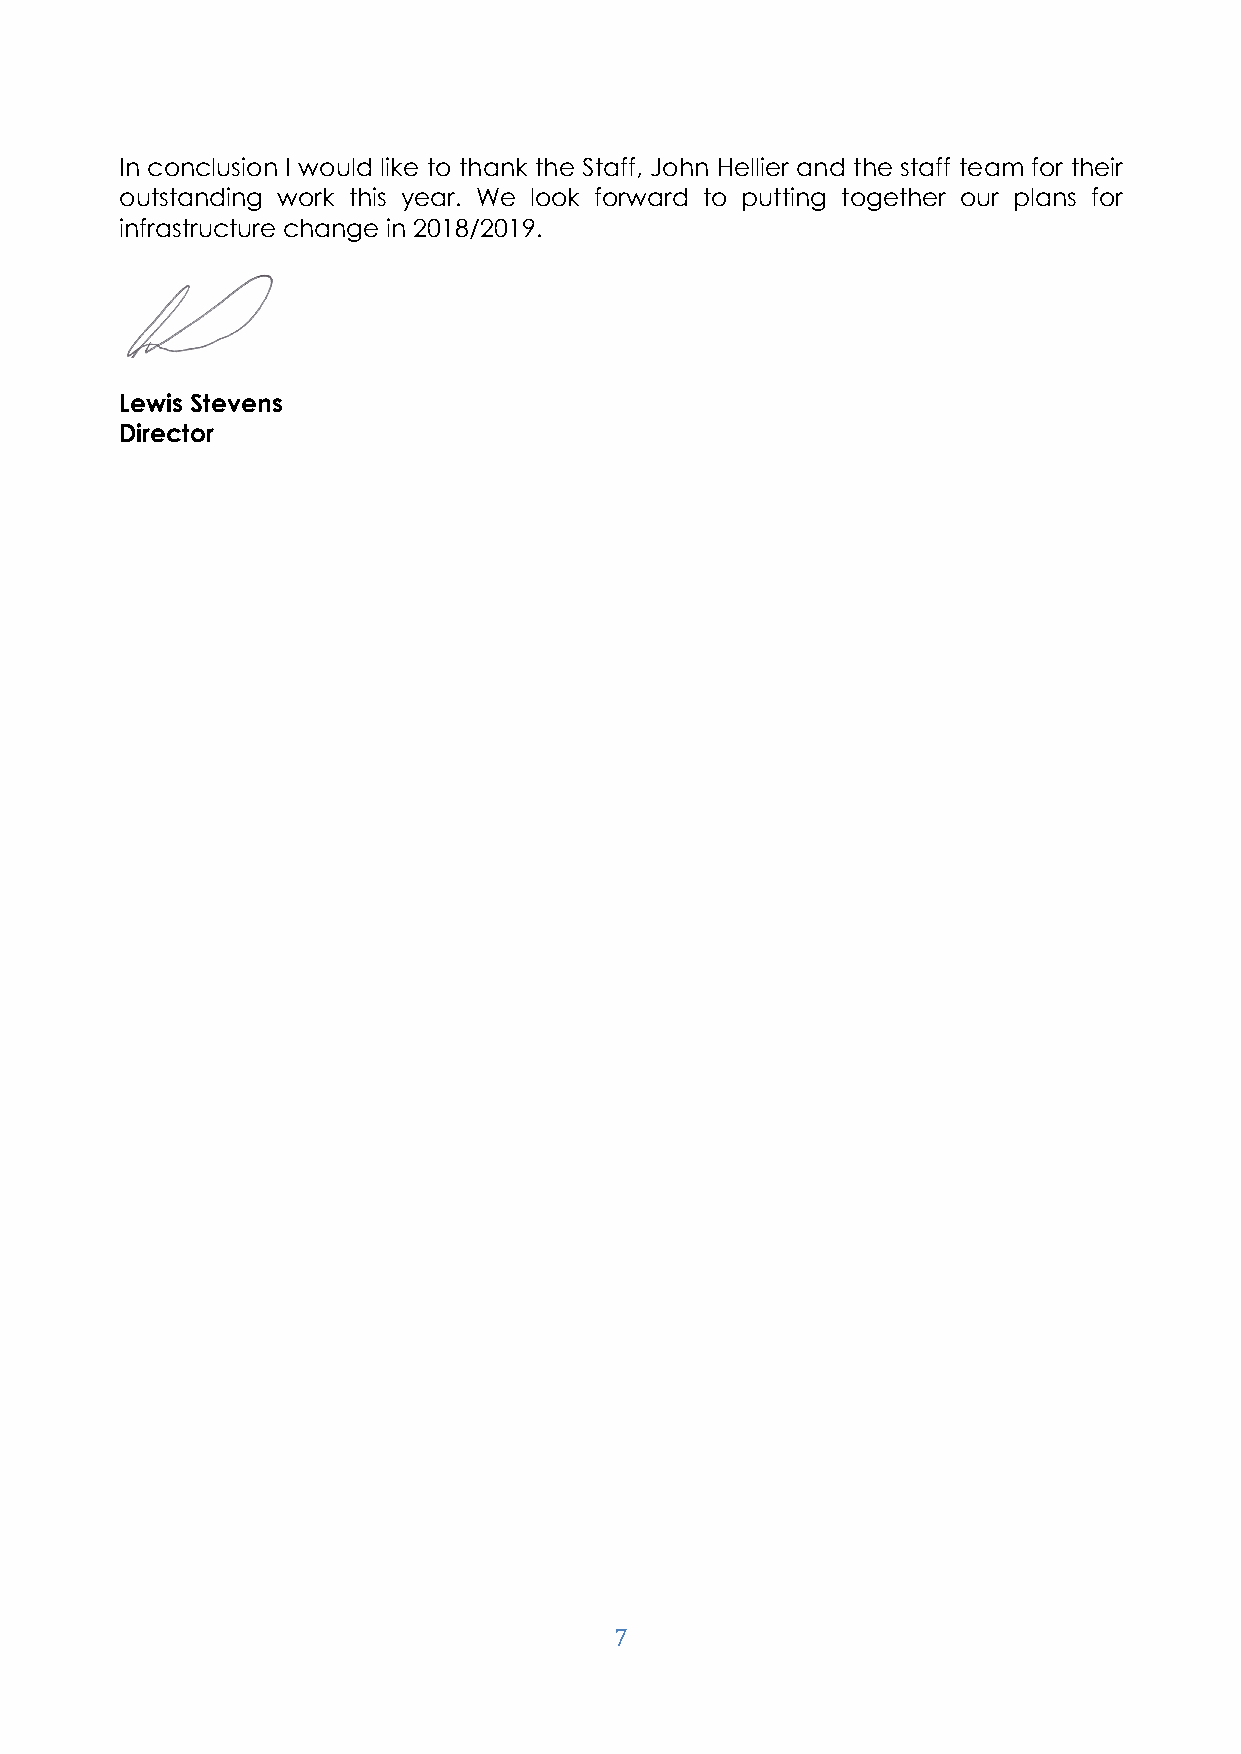
In conclusion I would like to thank the Staff, John Hellier and the staff team for their
 outstanding work this year. We look forward to putting together our plans for
 infrastructure change in 2018/2019.
 Lewis Stevens
 Director
 7